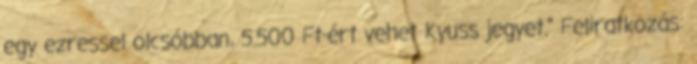
egy ezressel olcsóbban, 5.500 Ft-ért vehet Kyuss jegyet." Feliratkozás: